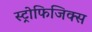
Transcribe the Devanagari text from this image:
स्ट्रोफिजिक्स